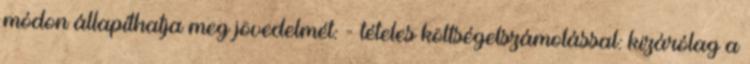
módon állapíthatja meg jövedelmét: - tételes költségelszámolással: kizárólag a